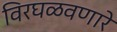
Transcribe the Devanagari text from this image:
विरघळवणारे